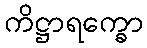
ကိဋ္ဌာရက္ခော